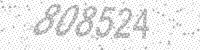
Solution: 808524